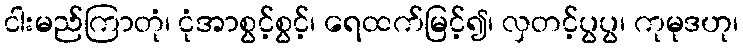
ငါးမည်ကြာတုံ၊ ငုံအာစွင့်စွင့်၊ ရေထက်မြင့်၍၊ လှတင့်ပွပွ၊ ကုမုဒဟု၊